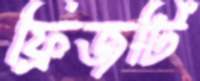
ফ্রিজটি